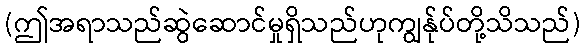
(ဤအရာသည်ဆွဲဆောင်မှုရှိသည်ဟုကျွန်ုပ်တို့သိသည်)